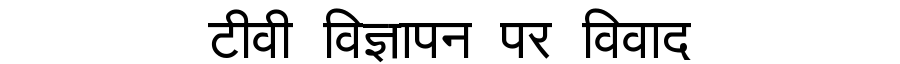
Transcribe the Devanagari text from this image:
टीवी विज्ञापन पर विवाद